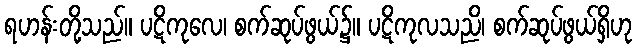
ရဟန်းတို့သည်။ ပဋိကုလေ၊ စက်ဆုပ်ဖွယ်၌။ ပဋိကုလသညိ၊ စက်ဆုပ်ဖွယ်ရှိဟု